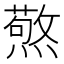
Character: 𭶍